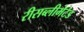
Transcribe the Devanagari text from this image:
रीसब्लीमेटेड